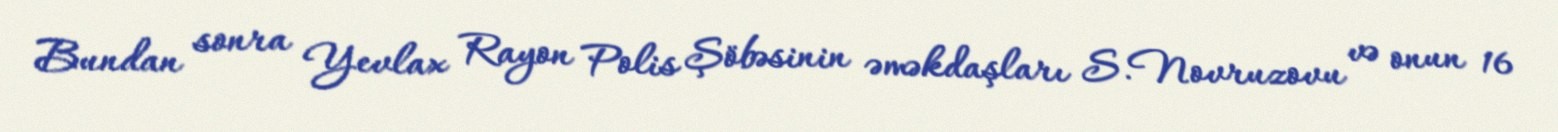
Bundan sonra Yevlax Rayon Polis Şöbəsinin əməkdaşları S.Novruzovu və onun 16